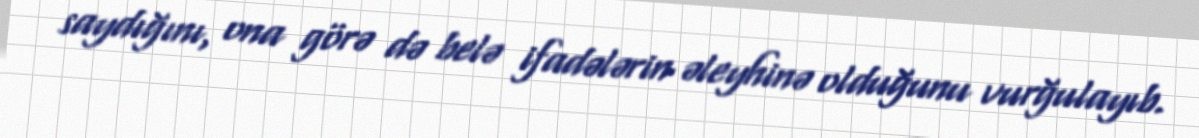
saydığını, ona görə də belə ifadələrin əleyhinə olduğunu vurğulayıb.